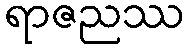
ရာဇညဿ